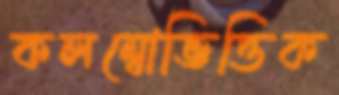
কলম্বোভিত্তিক